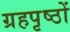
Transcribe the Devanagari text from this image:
ग्रहपृष्ठों